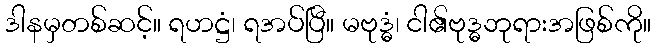
ဒါနမှတစ်ဆင့်။ ရဟဋ္ဌံ၊ ရအပ်ပြီ။ မဗုဒ္ဓံ၊ ငါ၏ဗုဒ္ဓဘုရားအဖြစ်ကို။